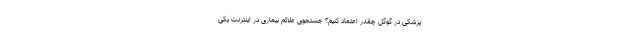
پزشکی در گوگل چقدر اعتماد کنیم؟ جستجوی علائم بیماری در اینترنت یکی